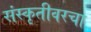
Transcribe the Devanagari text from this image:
संस्कृतीवरचा